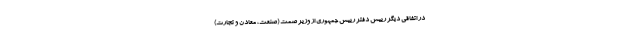
در اتفاقی دیگر رییس دفتر رییس جمهوری از وزیر صمت (صنعت، معادن و تجارت)